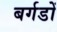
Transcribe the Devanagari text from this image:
बर्गडों